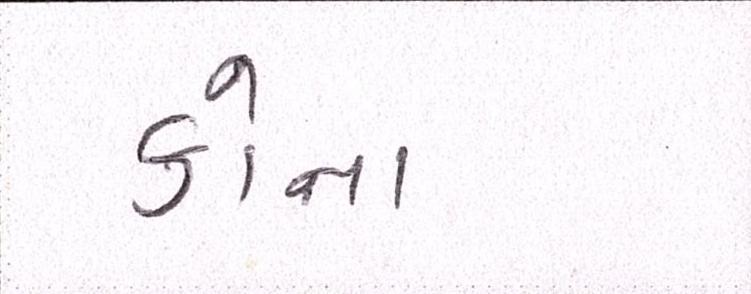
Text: કોના